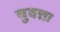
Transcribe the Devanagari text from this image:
युक्‍तः